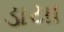
ડાયા